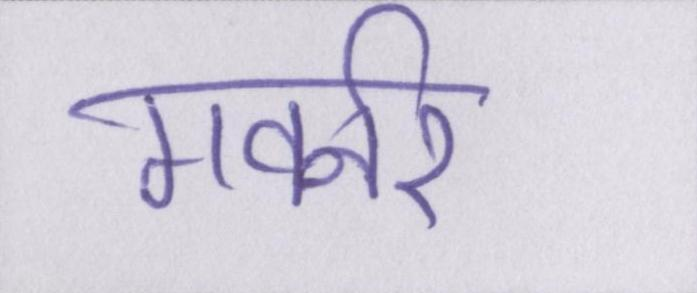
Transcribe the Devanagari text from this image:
गवर्नर